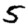
Digit: 5